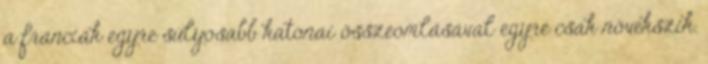
a franciák egyre súlyosabb katonai összeomlásával egyre csak növekszik.